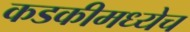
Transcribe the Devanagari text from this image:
कडकीमध्येच